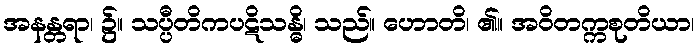
အနန္တရာ၊ ၌။ သပ္ပီတိကပဋိသန္ဓိ၊ သည်။ ဟောတိ၊ ၏။ အဝိတက္ကစုတိယာ၊